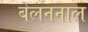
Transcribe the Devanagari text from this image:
बेलननाल